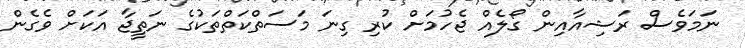
ނަމަވެސް ރަޝިއާއިން ގޯލެއް ޖެހުމަށް ކުރި ގިނަ މަސަތްކަތްތަކުގެ ނަތީޖާ އަކަށް ވެގެން